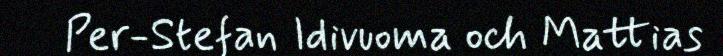
Per-Stefan Idivuoma och Mattias